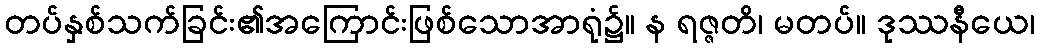
တပ်နှစ်သက်ခြင်း၏အကြောင်းဖြစ်သောအာရုံ၌။ န ရဇ္ဇတိ၊ မတပ်။ ဒုဿနီယေ၊